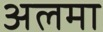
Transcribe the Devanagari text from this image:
अलमा